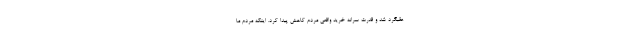
عقبگرد شد و قدرت سرانه خرید واقعی مردم کاهش پیدا کرد. اینکه مردم ما